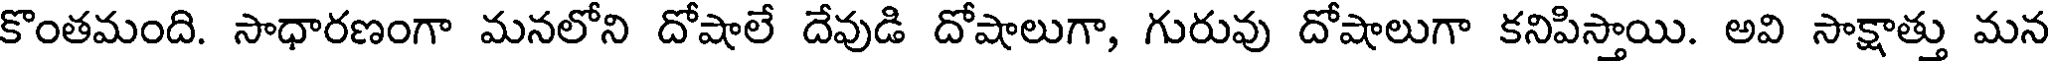
కొంతమంది. సాధారణంగా మనలోని దోషాలే దేవుడి దోషాలుగా, గురువు దోషాలుగా కనిపిస్తాయి. అవి సాక్షాత్తు మన